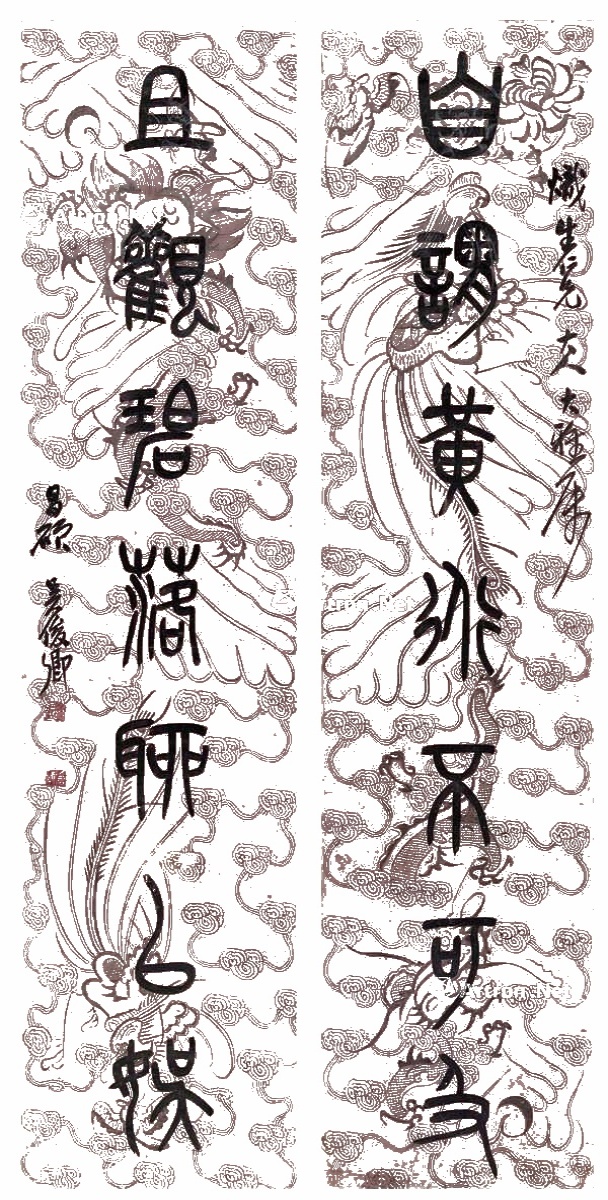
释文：自谓黄道不可及，且观碧落聊以娱。炽生仁兄大人大雅属，昌硕吴俊卿。